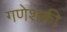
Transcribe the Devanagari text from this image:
गणेशकी